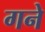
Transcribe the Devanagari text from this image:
गने